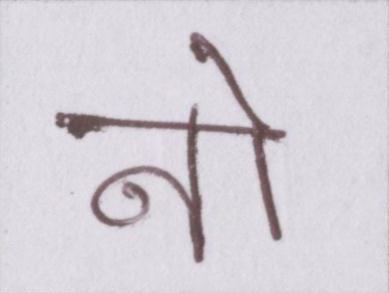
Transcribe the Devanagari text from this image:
नौ